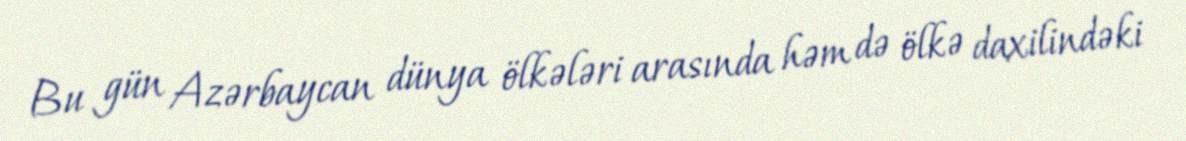
Bu gün Azərbaycan dünya ölkələri arasında həm də ölkə daxilindəki